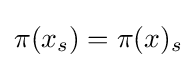
\pi (x_{s})=\pi (x)_{s}